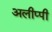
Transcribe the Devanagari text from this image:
अलीप्पी